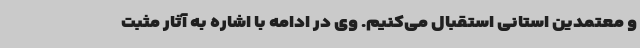
و معتمدین استانی استقبال می‌کنیم. وی در ادامه با اشاره به آثار مثبت